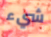
شيء